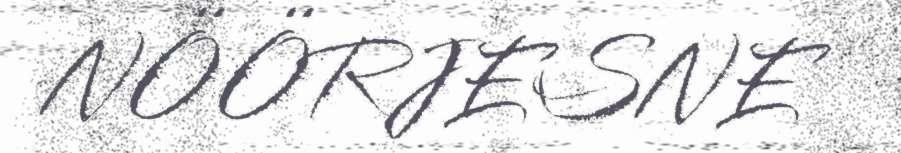
NÖÖRJESNE